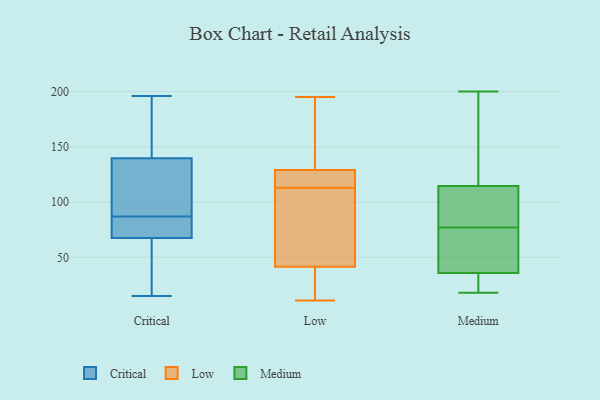
{"axis": {"x": "Website Visitors", "y": "Value"}, "legend": ["Critical", "Low", "Medium"], "data": [{"x": "", "y": 184, "type": "Critical"}, {"x": "", "y": 66, "type": "Critical"}, {"x": "", "y": 83, "type": "Critical"}, {"x": "", "y": 75, "type": "Critical"}, {"x": "", "y": 87, "type": "Critical"}, {"x": "", "y": 133, "type": "Critical"}, {"x": "", "y": 196, "type": "Critical"}, {"x": "", "y": 15, "type": "Critical"}, {"x": "", "y": 107, "type": "Critical"}, {"x": "", "y": 68, "type": "Critical"}, {"x": "", "y": 106, "type": "Critical"}, {"x": "", "y": 34, "type": "Critical"}, {"x": "", "y": 154, "type": "Critical"}, {"x": "", "y": 61, "type": "Critical"}, {"x": "", "y": 75, "type": "Critical"}, {"x": "", "y": 156, "type": "Critical"}, {"x": "", "y": 135, "type": "Critical"}, {"x": "", "y": 59, "type": "Low"}, {"x": "", "y": 120, "type": "Low"}, {"x": "", "y": 61, "type": "Low"}, {"x": "", "y": 151, "type": "Low"}, {"x": "", "y": 120, "type": "Low"}, {"x": "", "y": 141, "type": "Low"}, {"x": "", "y": 11, "type": "Low"}, {"x": "", "y": 195, "type": "Low"}, {"x": "", "y": 13, "type": "Low"}, {"x": "", "y": 116, "type": "Low"}, {"x": "", "y": 113, "type": "Low"}, {"x": "", "y": 47, "type": "Low"}, {"x": "", "y": 26, "type": "Low"}, {"x": "", "y": 125, "type": "Low"}, {"x": "", "y": 164, "type": "Low"}, {"x": "", "y": 43, "type": "Low"}, {"x": "", "y": 37, "type": "Low"}, {"x": "", "y": 29, "type": "Medium"}, {"x": "", "y": 18, "type": "Medium"}, {"x": "", "y": 64, "type": "Medium"}, {"x": "", "y": 81, "type": "Medium"}, {"x": "", "y": 119, "type": "Medium"}, {"x": "", "y": 200, "type": "Medium"}, {"x": "", "y": 175, "type": "Medium"}, {"x": "", "y": 101, "type": "Medium"}, {"x": "", "y": 27, "type": "Medium"}, {"x": "", "y": 56, "type": "Medium"}, {"x": "", "y": 77, "type": "Medium"}]}